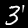
Digit: 3